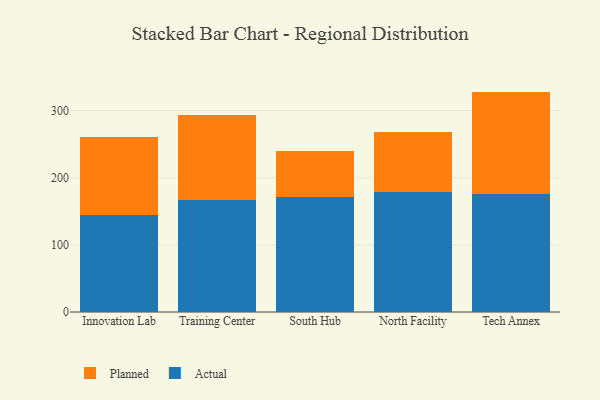
{"axis": {"x": "Campus", "y": "Population (Million)"}, "legend": ["Actual", "Planned"], "data": [{"x": "Innovation Lab", "y": 144.0, "type": "Actual"}, {"x": "Innovation Lab", "y": 116.8, "type": "Planned"}, {"x": "Training Center", "y": 167.4, "type": "Actual"}, {"x": "Training Center", "y": 126.2, "type": "Planned"}, {"x": "South Hub", "y": 171.2, "type": "Actual"}, {"x": "South Hub", "y": 68.6, "type": "Planned"}, {"x": "North Facility", "y": 178.2, "type": "Actual"}, {"x": "North Facility", "y": 90.3, "type": "Planned"}, {"x": "Tech Annex", "y": 175.6, "type": "Actual"}, {"x": "Tech Annex", "y": 152.6, "type": "Planned"}]}